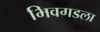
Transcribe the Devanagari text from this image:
भिवगडला